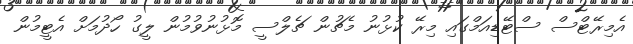
އެމިރޭޓްސް ސްޓޭޑިއަމްގައި މިރޭ ކުޅުނު މެޗުން ޗެލްސީ މޮޅުނުވުމުން ލީގު ހޯދުމަށް އެޓީމުން